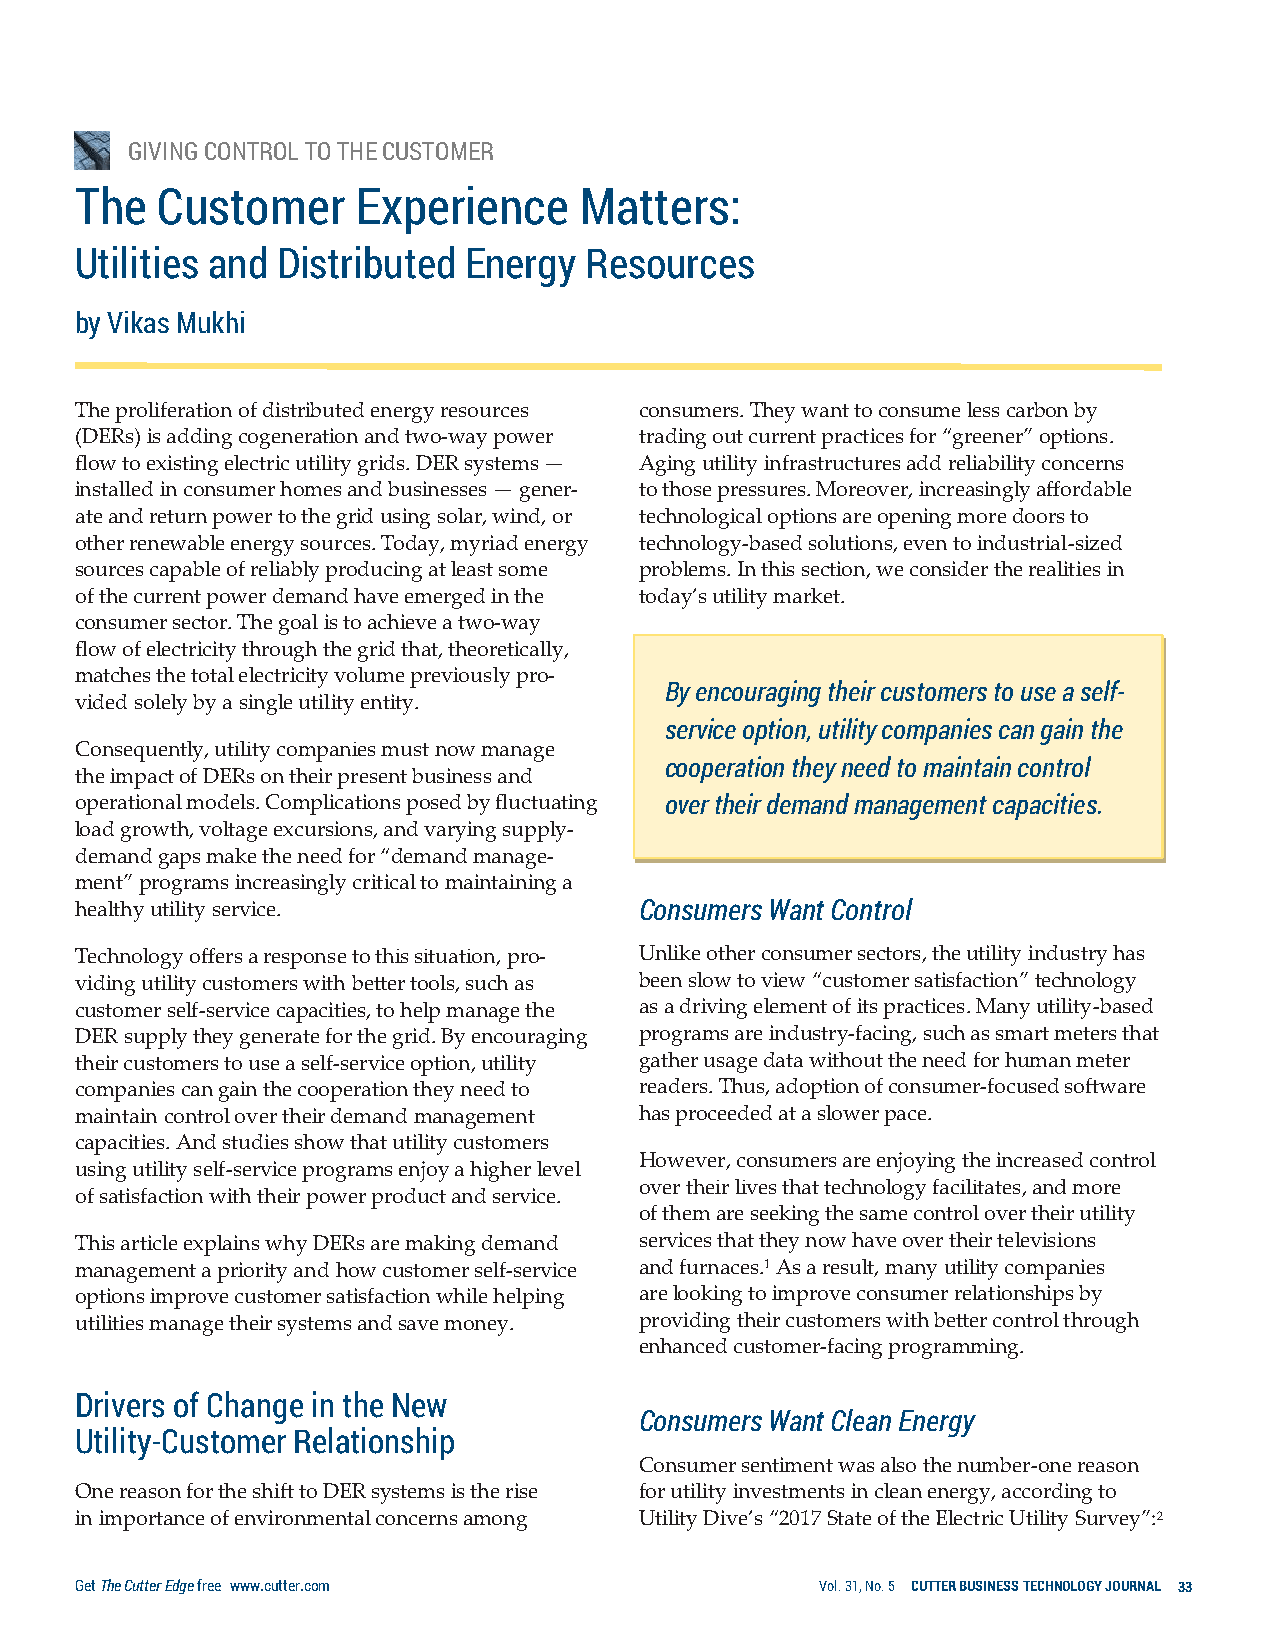
GIVING CONTROL TO THE CUSTOMER
 The  Customer      Experience    Matters:
 Utilities and Distributed Energy  Resources
 by Vikas Mukhi
 The proliferation of distributed energy resources consumers. They want to consume less carbon by
 (DERs) is adding cogeneration and two-way power trading out current practices for “greener” options.
 flow to existing electric utility grids. DER systems — Aging utility infrastructures add reliability concerns
 installed in consumer homes and businesses — gener- to those pressures. Moreover, increasingly affordable
 ate and return power to the grid using solar, wind, or technological options are opening more doors to
 other renewable energy sources. Today, myriad energy technology-based solutions, even to industrial-sized
 sources capable of reliably producing at least some problems. In this section, we consider the realities in
 of the current power demand have emerged in the today’s utility market.
 consumer sector. The goal is to achieve a two-way
 flow of electricity through the grid that, theoretically,
 matches the total electricity volume previously pro-
 By encouraging their customers to use a self-
 vided solely by a single utility entity.
 service option, utility companies can gain the
 Consequently, utility companies must now manage
 cooperation they need to maintain control
 the impact of DERs on their present business and
 operational models. Complications posed by fluctuating over their demand management capacities.
 load growth, voltage excursions, and varying supply-
 demand gaps make the need for “demand manage-
 ment” programs increasingly critical to maintaining a
 healthy utility service.             Consumers Want Control
 Technology offers a response to this situation, pro- Unlike other consumer sectors, the utility industry has
 viding utility customers with better tools, such as been slow to view “customer satisfaction” technology
 customer self-service capacities, to help manage the as a driving element of its practices. Many utility-based
 DER supply they generate for the grid. By encouraging programs are industry-facing, such as smart meters that
 their customers to use a self-service option, utility gather usage data without the need for human meter
 companies can gain the cooperation they need to readers. Thus, adoption of consumer-focused software
 maintain control over their demand management has proceeded at a slower pace.
 capacities. And studies show that utility customers
 However, consumers are enjoying the increased control
 using utility self-service programs enjoy a higher level
 over their lives that technology facilitates, and more
 of satisfaction with their power product and service.
 of them are seeking the same control over their utility
 This article explains why DERs are making demand services that they now have over their televisions
 management a priority and how customer self-service and furnaces.1 As a result, many utility companies
 options improve customer satisfaction while helping are looking to improve consumer relationships by
 utilities manage their systems and save money. providing their customers with better control through
 enhanced customer-facing programming.
 Drivers of Change in the New
 Consumers Want Clean Energy
 Utility-Customer Relationship
 Consumer sentiment was also the number-one reason
 One reason for the shift to DER systems is the rise for utility investments in clean energy, according to
 in importance of environmental concerns among Utility Dive’s “2017 State of the Electric Utility Survey”:2
 Get The Cutter Edge free www.cutter.com          Vol. 31, No. 5 CUTTER BUSINESS TECHNOLOGY JOURNAL 33